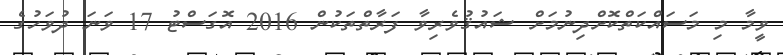
ވީމާ މި މަސައްކަތްކޮށްދިނުމަށް ޝައުޤުވެރިވާ ފަރާތްތަކުން 2016 އޮގަސްޓު 17 ވަނަ ދުވަހުގެ